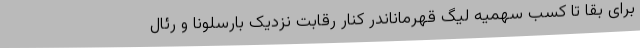
برای بقا تا کسب سهمیه لیگ قهرماناندر کنار رقابت نزدیک بارسلونا و رئال